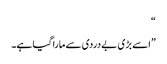
“
”اسے بڑی بے دردی سے مارا گیا ہے۔